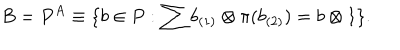
LaTeX: B = P ^ { A } \equiv \{ b \in P : \sum b _ { ( 1 ) } \otimes \pi ( b _ { ( 2 ) } ) = b \otimes 1 \} .